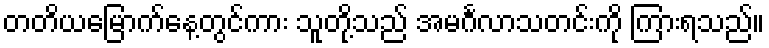
တတိယမြောက်နေ့တွင်ကား သူတို့သည် အမင်္ဂလာသတင်းကို ကြားရသည်။